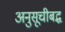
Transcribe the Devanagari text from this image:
अनुसूचीबद्ध